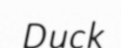
Duck